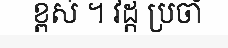
ខ្ពស់ ។ វដ្ត ប្រចាំ